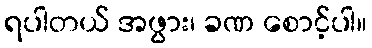
ရပါတယ် အဖွား၊ ခဏ စောင့်ပါ။